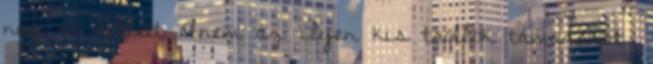
nap át kellett élnem az ilyen kis trollok támadását.